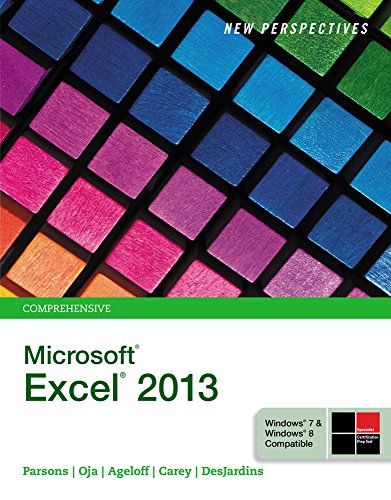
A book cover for Bundle: New Perspectives on Microsoft Excel 2013, Comprehensive + SAM 2013 Assessment, Training and Projects with MindTap Reader for New Perspectives ... Excel 2013 Comprehensive Printed Access Card; June Jamrich Parsons; Computers & Technology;